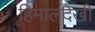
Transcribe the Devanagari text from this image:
हिमालदेखी